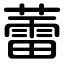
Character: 蕾